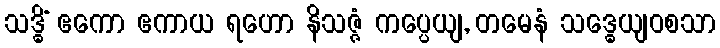
သဒ္ဓိံ ဧကော ဧကာယ ရဟော နိသဇ္ဇံ ကပ္ပေယျ, တမေနံ သဒ္ဓေယျဝစသာ